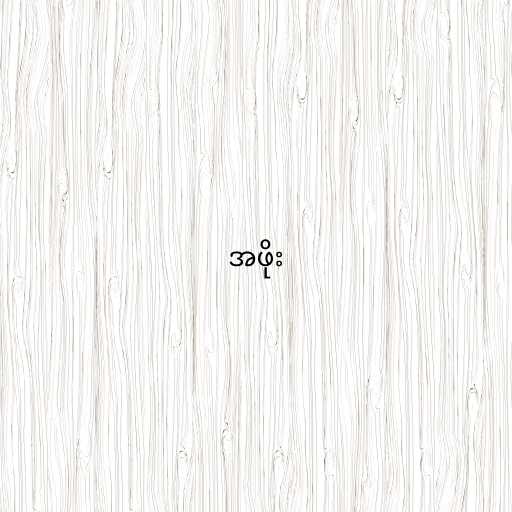
အဖိုး